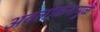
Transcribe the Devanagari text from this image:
अवलोकनामुळे